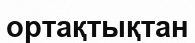
ортақтықтан